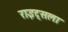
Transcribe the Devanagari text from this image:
राइट्सला